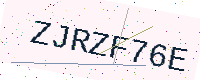
Text: ZJRZF76E